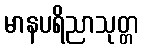
မာနပရိညာသုတ္တ